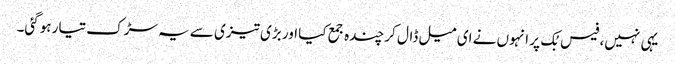
یہی نہیں، فیس بُک پر انہوں نے ای میل ڈال کر چندہ جمع کیا اور بڑی تیزی سے یہ سڑک تیار ہوگئی۔